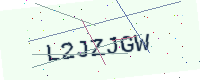
Text: L2JZJGW